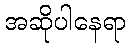
အဆိုပါနေရာ